Mental hospitals Bombay report 1921-28 - 1921-1928
Year: 1921
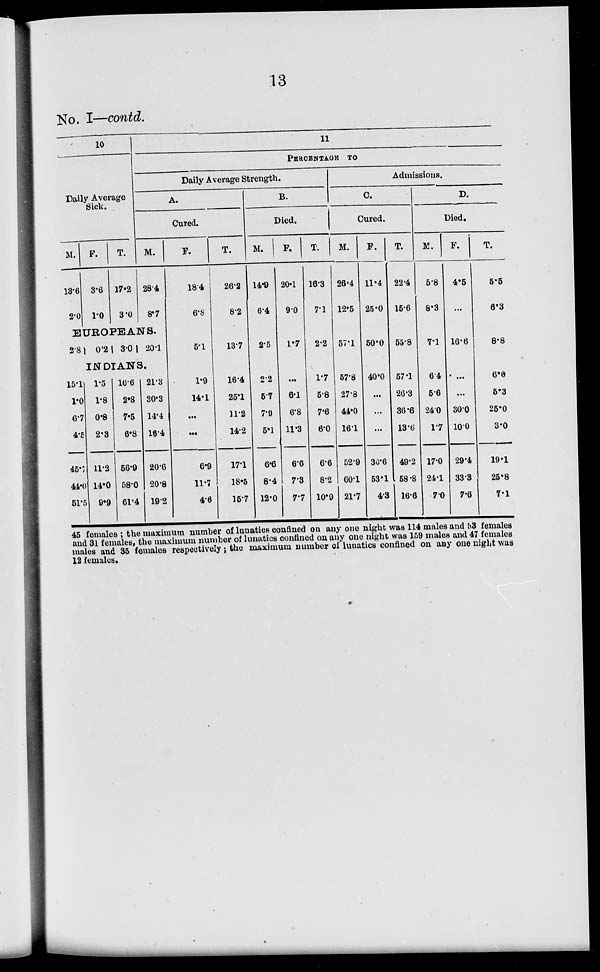
13
No. I—contd.
10
Daily Average
Sick.
M.
13.6
2.0
F.
3.6
1.0
T.
17.2
3.0
11
PERCENTAGE TO
Daily Average Strength.
A.
Cured.
M.
28.4
8.7
EUROPEANS.
2.8
0.2
3.0 20.1
INDIANS.
15.1
1.0
6.7
4.5
45.7
44.0
51.5
1.5
1.8
0.8
2.3
11.2
14.0
9.9
16.6
2.8
7.5
6.8
56.9
58.0
61.4
21.3
30.3
14.4
16.4
20.6
20.8
19.2
F.
18.4
6.8
5.1
1.9
14.1
...
...
6.9
11.7
4.6
T.
26.2
8.2
13.7
16.4
25.1
11.2
14.2
17.1
18.5
15.7
B.
Died.
M.
14.9
6.4
2.5
2.2
5.7
7.9
5.1
6.6
8.4
12.0
F.
20.1
9.0
1.7
...
6.1
6.8
11.3
6.6
7.3
7.7
T.
16.3
7.1
2.2
1.7
5.8
7.6
6.0
6.6
8.2
10.9
Admissions.
C.
Cured.
M.
26.4
12.5
57.1
57.8
27.8
44.0
16.1
52.9
60.1
21.7
F.
11.4
25.0
50.0
40.0
...
...
...
30.6
53.1
4.3
T.
22.4
15.6
55.8
57.1
26.3
36.6
13.6
49.2
58.8
16.6
D.
Died.
M.
5.8
8.3
7.1
6.4
5.6
24.0
1.7
17.0
24.1
7.0
F.
4.5
...
16.6
...
...
30.0
10.0
29.4
33.3
7.6
T.
5.5
6.3
8.8
6.0
5.3
25.0
3.0
19.1
25.8
7.1
45 females ; the maximum number of lunatics confined on any one night was 114 males and 53 females
and 31 females, the maximum number of lunatics confined on any one night was 159 males and 47 females
males and 35 females respectively ; the maximum number of lunatics confined on any one night was
12 females.